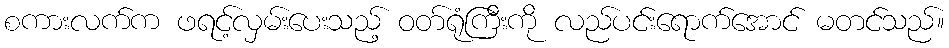
စကားလက်က ဖရင့်လှမ်းပေးသည့် ဝတ်ရုံကြီးကို လည်ပင်းရောက်အောင် မတင်သည်။